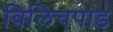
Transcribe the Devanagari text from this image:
विलिचपाड